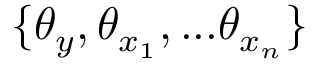
\{ \theta _ { y } , \theta _ { x _ { 1 } } , . . . \theta _ { x _ { n } } \}